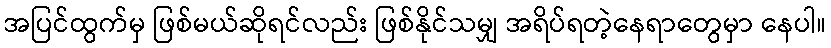
အပြင်ထွက်မှ ဖြစ်မယ်ဆိုရင်လည်း ဖြစ်နိုင်သမျှ အရိပ်ရတဲ့နေရာတွေမှာ နေပါ။